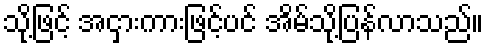
သို့ဖြင့် အငှားကားဖြင့်ပင် အိမ်သို့ပြန်လာသည်။